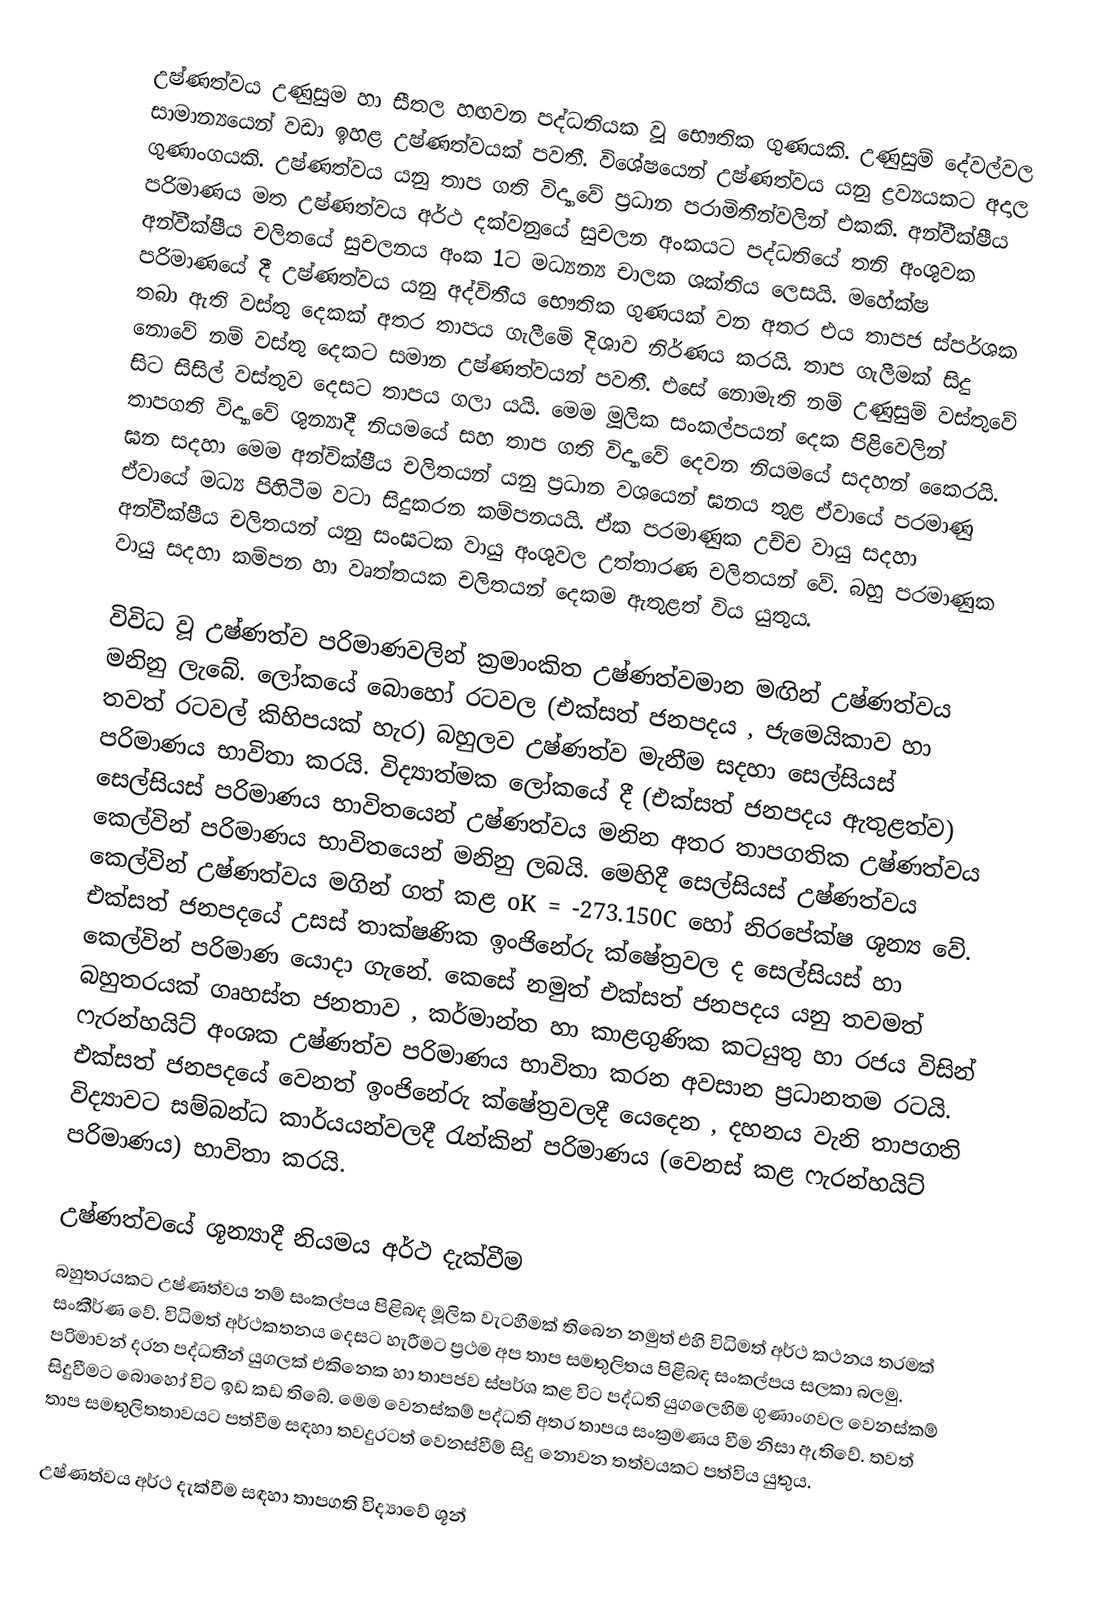
උෂ්ණත්වය උණුසුම හා සීතල හඟවන පද්ධතියක වූ භෞතික ගුණයකි. උණුසුම් දේවල්වල සාමාන්‍යයෙන් වඩා ඉහළ උෂ්ණත්වයක් පවතී. විශේෂයෙන් උෂ්ණත්වය යනු ද්‍රව්‍යයකට අදාල ගුණාංගයකි. උෂ්ණත්වය යනු තාප ගති විද්‍යාවේ ප්‍රධාන පරාමිතීන්වලින් එකකි. අන්වීක්ෂීය පරිමාණය මත උෂ්ණත්වය අර්ථ දක්වනුයේ සුචලන අංකයට පද්ධතියේ තනි අංශුවක අන්වීක්ෂීය චලිතයේ සුචලනය අංක 1ට මධ්‍යන්‍ය චාලක ශක්තිය ලෙසයි. මහේක්ෂ පරිමාණයේ දී උෂ්ණත්වය යනු අද්විතීය භෞතික ගුණයක් වන අතර එය තාපජ ස්පර්ශක තබා ඇති වස්තු දෙකක් අතර තාපය ගැලීමේ දිශාව නිර්ණය කරයි. තාප ගැලීමක් සිදු නොවේ නම් වස්තු දෙකට සමාන උෂ්ණත්වයන් පවතී. එසේ නොමැති නම් උණුසුම් වස්තුවේ සිට සිසිල් වස්තුව දෙසට තාපය ගලා යයි. මෙම මූලික සංකල්පයන් දෙක පිළිවෙලින් තාපගති විද්‍යාවේ ශුන්‍යාදී නිය‍මයේ සහ තාප ගති විද්‍යාවේ දෙවන නියමයේ සදහන් කෙ‍ෙරයි. ඝන සදහා මෙම අන්වික්ෂීය චලිතයන් යනු ප්‍රධාන වශයෙන් ඝනය තුළ ඒවායේ පරමාණු ඒවායේ මධ්‍ය පිහිටීම වටා සිදුකරන කම්පනයයි. ඒක පරමාණුක උච්ච වායු සදහා අන්වීක්ෂීය චලිතයන් යනු සංඝටක වායු අංශුවල උත්තාරණ චලිතයන් වේ. බහු පරමාණුක වායු සදහා කම්පන හා වෘත්තයක චලිතයන් දෙකම ඇතුළත් විය යුතුය.

විවිධ වූ උෂ්ණත්ව පරිමාණවලින් ක්‍රමාංකිත උෂ්ණත්වමාන මඟින් උෂ්ණත්වය මනිනු ලැබේ. ලෝකයේ බොහෝ රටවල (එක්සත් ජනපදය , ජැමෙයිකාව හා තවත් රටවල් කිහිපයක් හැර) බහුලව උෂ්ණත්ව මැනීම සදහා සෙල්සියස් පරිමාණය භාවිතා කරයි. විද්‍යාත්මක ලෝකයේ දී (එක්සත් ජනපදය ඇතුළත්ව) සෙල්සියස් පරිමාණය භාවිතයෙන් උෂ්ණත්වය මනින අතර තාපගතික උෂ්ණත්වය කෙල්වින් පරිමාණය භාවිතයෙන් මනිනු ලබයි. මෙහිදී සෙල්සියස් උෂ්ණත්වය කෙල්වින් උෂ්ණත්වය මගින් ගත් කළ oK = -273.150C හෝ නිරපේක්ෂ ශූන්‍ය වේ. එක්සත් ජනපදයේ උසස් තාක්ෂණික ඉංජිනේරු ක්ෂේත්‍රවල ද සෙල්සියස් හා කෙල්වින් පරිමාණ යොදා ගැනේ. කෙසේ නමුත් එක්සත් ජනපදය යනු තවමත් බහුතරයක් ගෘහස්ත ජනතාව , කර්මාන්ත හා කාළගුණික කටයුතු හා රජය විසින් ෆැරන්හයිට් අංශක උෂ්ණත්ව පරිමාණය භාවිතා කරන අවසාන ප්‍රධානතම රටයි. එක්සත් ජනපදයේ වෙනත් ඉංජිනේරු ක්ෂේත්‍රවලදී යෙදෙන , දහනය වැනි තාපගති විද්‍යාවට සම්බන්ධ කාර්යයන්වලදී රැන්කින් පරිමාණය (වෙනස් කළ ෆැරන්හයිට් පරිමාණය) භාවිතා කරයි.

උෂ්ණත්වයේ ශූන්‍යාදී නියමය අර්ථ දැක්වීම
බහුතරයකට උෂ්ණත්වය නම් සංකල්පය පිළිබඳ මූලික වැටහීමක් තිබෙන නමුත් එහි විධිමත්  අර්ථ කථනය තරමක් සංකීර්ණ වේ. විධිමත් අර්ථකතනය දෙසට හැරීමට ප්‍රථම අප තාප සමතුලිතය පිළිබඳ සංකල්පය සලකා බලමු. පරිමාවන් දරන පද්ධතීන් යුගලක් එකිනෙක හා තාපජව ස්පර්ශ කළ විට පද්ධති යුගලෙහිම ගුණාංගවල වෙනස්කම් සිදුවීමට බොහෝ විට ඉඩ කඩ තිබේ. මෙම වෙනස්කම් පද්ධති අතර තාපය සංක්‍රමණය වීම නිසා ඇතිවේ. තවත් තාප සමතුලිතතාවයට පත්වීම සඳහා තවදුරටත් වෙනස්වීම් සිදු නොවන තත්වයකට පත්විය යුතුය.

උෂ්ණත්වය අර්ථ දැක්වීම සඳහා තාපගති විද්‍යාවේ ශූන්‍